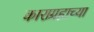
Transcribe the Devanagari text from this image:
काराग्रहाच्या